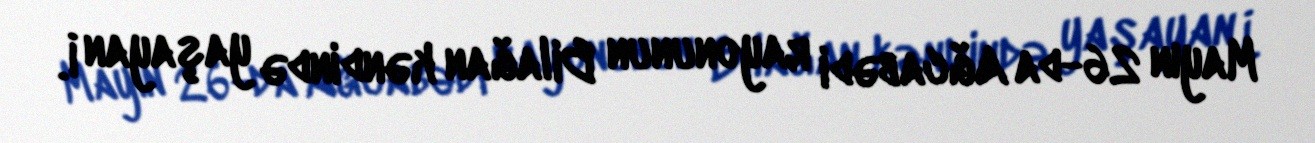
Mayın 26-da Ağcabədi rayonunun Bilağan kəndində yaşayan İ.